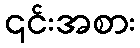
၎င်းအစား